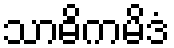
သာဓိကမိဒံ